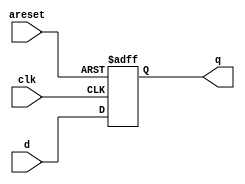
module top_module (
    input clk,
    input areset,   // active high asynchronous reset
    input [7:0] d,
    output reg [7:0] q
);  
    always @ (posedge clk or posedge areset) begin // when use @(posedge areset), use if(areset). Or errors will occur.
        if (areset) begin
            q <= 8'b0;
        end
        else begin
            q <= d;
        end
    end
endmodule